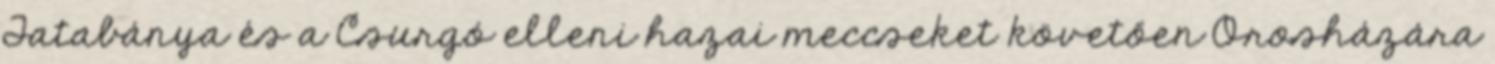
Tatabánya és a Csurgó elleni hazai meccseket követően Orosházára